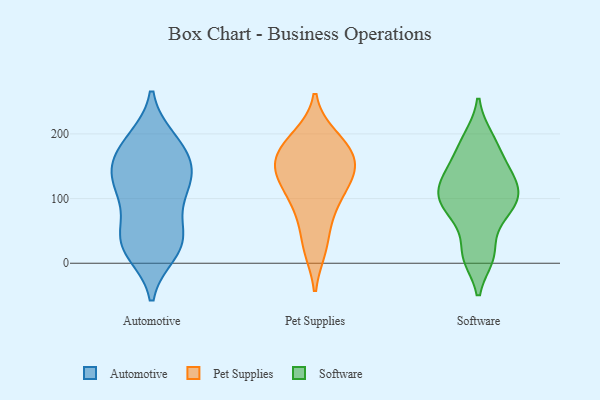
{"axis": {"x": "Demand Index", "y": "Value"}, "legend": ["Automotive", "Pet Supplies", "Software"], "data": [{"x": "", "y": 149, "type": "Automotive"}, {"x": "", "y": 191, "type": "Automotive"}, {"x": "", "y": 190, "type": "Automotive"}, {"x": "", "y": 41, "type": "Automotive"}, {"x": "", "y": 102, "type": "Automotive"}, {"x": "", "y": 130, "type": "Automotive"}, {"x": "", "y": 118, "type": "Automotive"}, {"x": "", "y": 165, "type": "Automotive"}, {"x": "", "y": 97, "type": "Automotive"}, {"x": "", "y": 143, "type": "Automotive"}, {"x": "", "y": 17, "type": "Automotive"}, {"x": "", "y": 137, "type": "Automotive"}, {"x": "", "y": 27, "type": "Automotive"}, {"x": "", "y": 20, "type": "Automotive"}, {"x": "", "y": 45, "type": "Automotive"}, {"x": "", "y": 179, "type": "Automotive"}, {"x": "", "y": 44, "type": "Automotive"}, {"x": "", "y": 140, "type": "Pet Supplies"}, {"x": "", "y": 71, "type": "Pet Supplies"}, {"x": "", "y": 99, "type": "Pet Supplies"}, {"x": "", "y": 181, "type": "Pet Supplies"}, {"x": "", "y": 152, "type": "Pet Supplies"}, {"x": "", "y": 161, "type": "Pet Supplies"}, {"x": "", "y": 124, "type": "Pet Supplies"}, {"x": "", "y": 131, "type": "Pet Supplies"}, {"x": "", "y": 196, "type": "Pet Supplies"}, {"x": "", "y": 23, "type": "Pet Supplies"}, {"x": "", "y": 167, "type": "Pet Supplies"}, {"x": "", "y": 129, "type": "Pet Supplies"}, {"x": "", "y": 85, "type": "Pet Supplies"}, {"x": "", "y": 194, "type": "Pet Supplies"}, {"x": "", "y": 25, "type": "Pet Supplies"}, {"x": "", "y": 165, "type": "Pet Supplies"}, {"x": "", "y": 114, "type": "Software"}, {"x": "", "y": 93, "type": "Software"}, {"x": "", "y": 163, "type": "Software"}, {"x": "", "y": 94, "type": "Software"}, {"x": "", "y": 126, "type": "Software"}, {"x": "", "y": 194, "type": "Software"}, {"x": "", "y": 110, "type": "Software"}, {"x": "", "y": 74, "type": "Software"}, {"x": "", "y": 126, "type": "Software"}, {"x": "", "y": 91, "type": "Software"}, {"x": "", "y": 192, "type": "Software"}, {"x": "", "y": 12, "type": "Software"}, {"x": "", "y": 11, "type": "Software"}, {"x": "", "y": 157, "type": "Software"}, {"x": "", "y": 72, "type": "Software"}, {"x": "", "y": 14, "type": "Software"}, {"x": "", "y": 136, "type": "Software"}]}